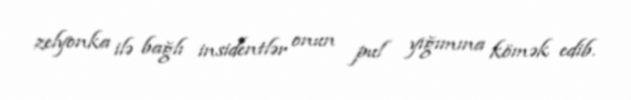
zelyonka ilə bağlı insidentlər onun pul yığımına kömək edib.